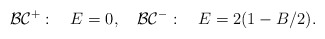
\begin{align*}{\cal BC}^{+}: \quad E=0, \quad {\cal BC}^-:\quad E = 2(1-B/2). \end{align*}